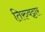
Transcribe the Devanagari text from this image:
तिरुवट्टार